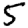
Digit: 5